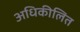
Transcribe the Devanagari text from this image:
अधिकीलित